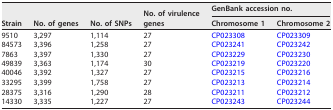
<table><thead><tr><td rowspan="2"><b>Strain</b></td><td rowspan="2"><b>No. of genes</b></td><td rowspan="2"><b>No. of SNPs</b></td><td rowspan="2"><b>No. of virulence genes</b></td><td colspan="2"><b>GenBank accession no.</b></td></tr><tr><td><b>Chromosome 1</b></td><td><b>Chromosome 2</b></td></tr></thead><tbody><tr><td>9510</td><td>3,297</td><td>1,114</td><td>27</td><td>CP023308</td><td>CP023309</td></tr><tr><td>84573</td><td>3,396</td><td>1,258</td><td>27</td><td>CP023241</td><td>CP023242</td></tr><tr><td>7863</td><td>3,397</td><td>1,330</td><td>27</td><td>CP023229</td><td>CP023230</td></tr><tr><td>49839</td><td>3,363</td><td>1,174</td><td>30</td><td>CP023219</td><td>CP023220</td></tr><tr><td>40046</td><td>3,392</td><td>1,327</td><td>27</td><td>CP023215</td><td>CP023216</td></tr><tr><td>33295</td><td>3,399</td><td>1,758</td><td>27</td><td>CP023213</td><td>CP023214</td></tr><tr><td>28375</td><td>3,316</td><td>1,290</td><td>28</td><td>CP023211</td><td>CP023212</td></tr><tr><td>14330</td><td>3,335</td><td>1,227</td><td>27</td><td>CP023243</td><td>CP023244</td></tr></tbody></table>